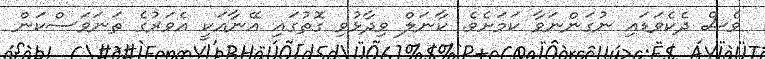
ވެސް ދެކެވަޑައި ނުގަންނަވާ ކަމަށެވެ. ކާނަލް ވިދާޅުވި ގޮތުގައި އޭނާއަކީ އެވަރުގެ ތަނަވަސްކަން